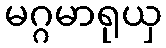
မဂ္ဂမာရုယှ